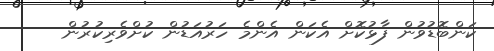
ކަންބޮޑުވުން ފާޅުކޮށް އެކަން އެންމެ ހަރުއަޑުން ކުށްވެރިކުރުން